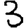
Digit: 3